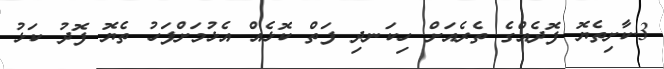
3.ކާށިތެޔޮ ފޮދެއްގެ ތެރެއަށް ހިކަނދި ފަތް ކޮޅެއް އެޅުމަށްފަހު ތެޔޮ ފޮދު ކަޅު